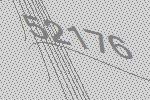
52176